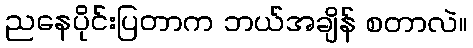
ညနေပိုင်းပြတာက ဘယ်အချိန် စတာလဲ။